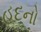
હદનો